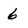
Character: 6